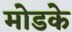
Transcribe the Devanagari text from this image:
मोडके